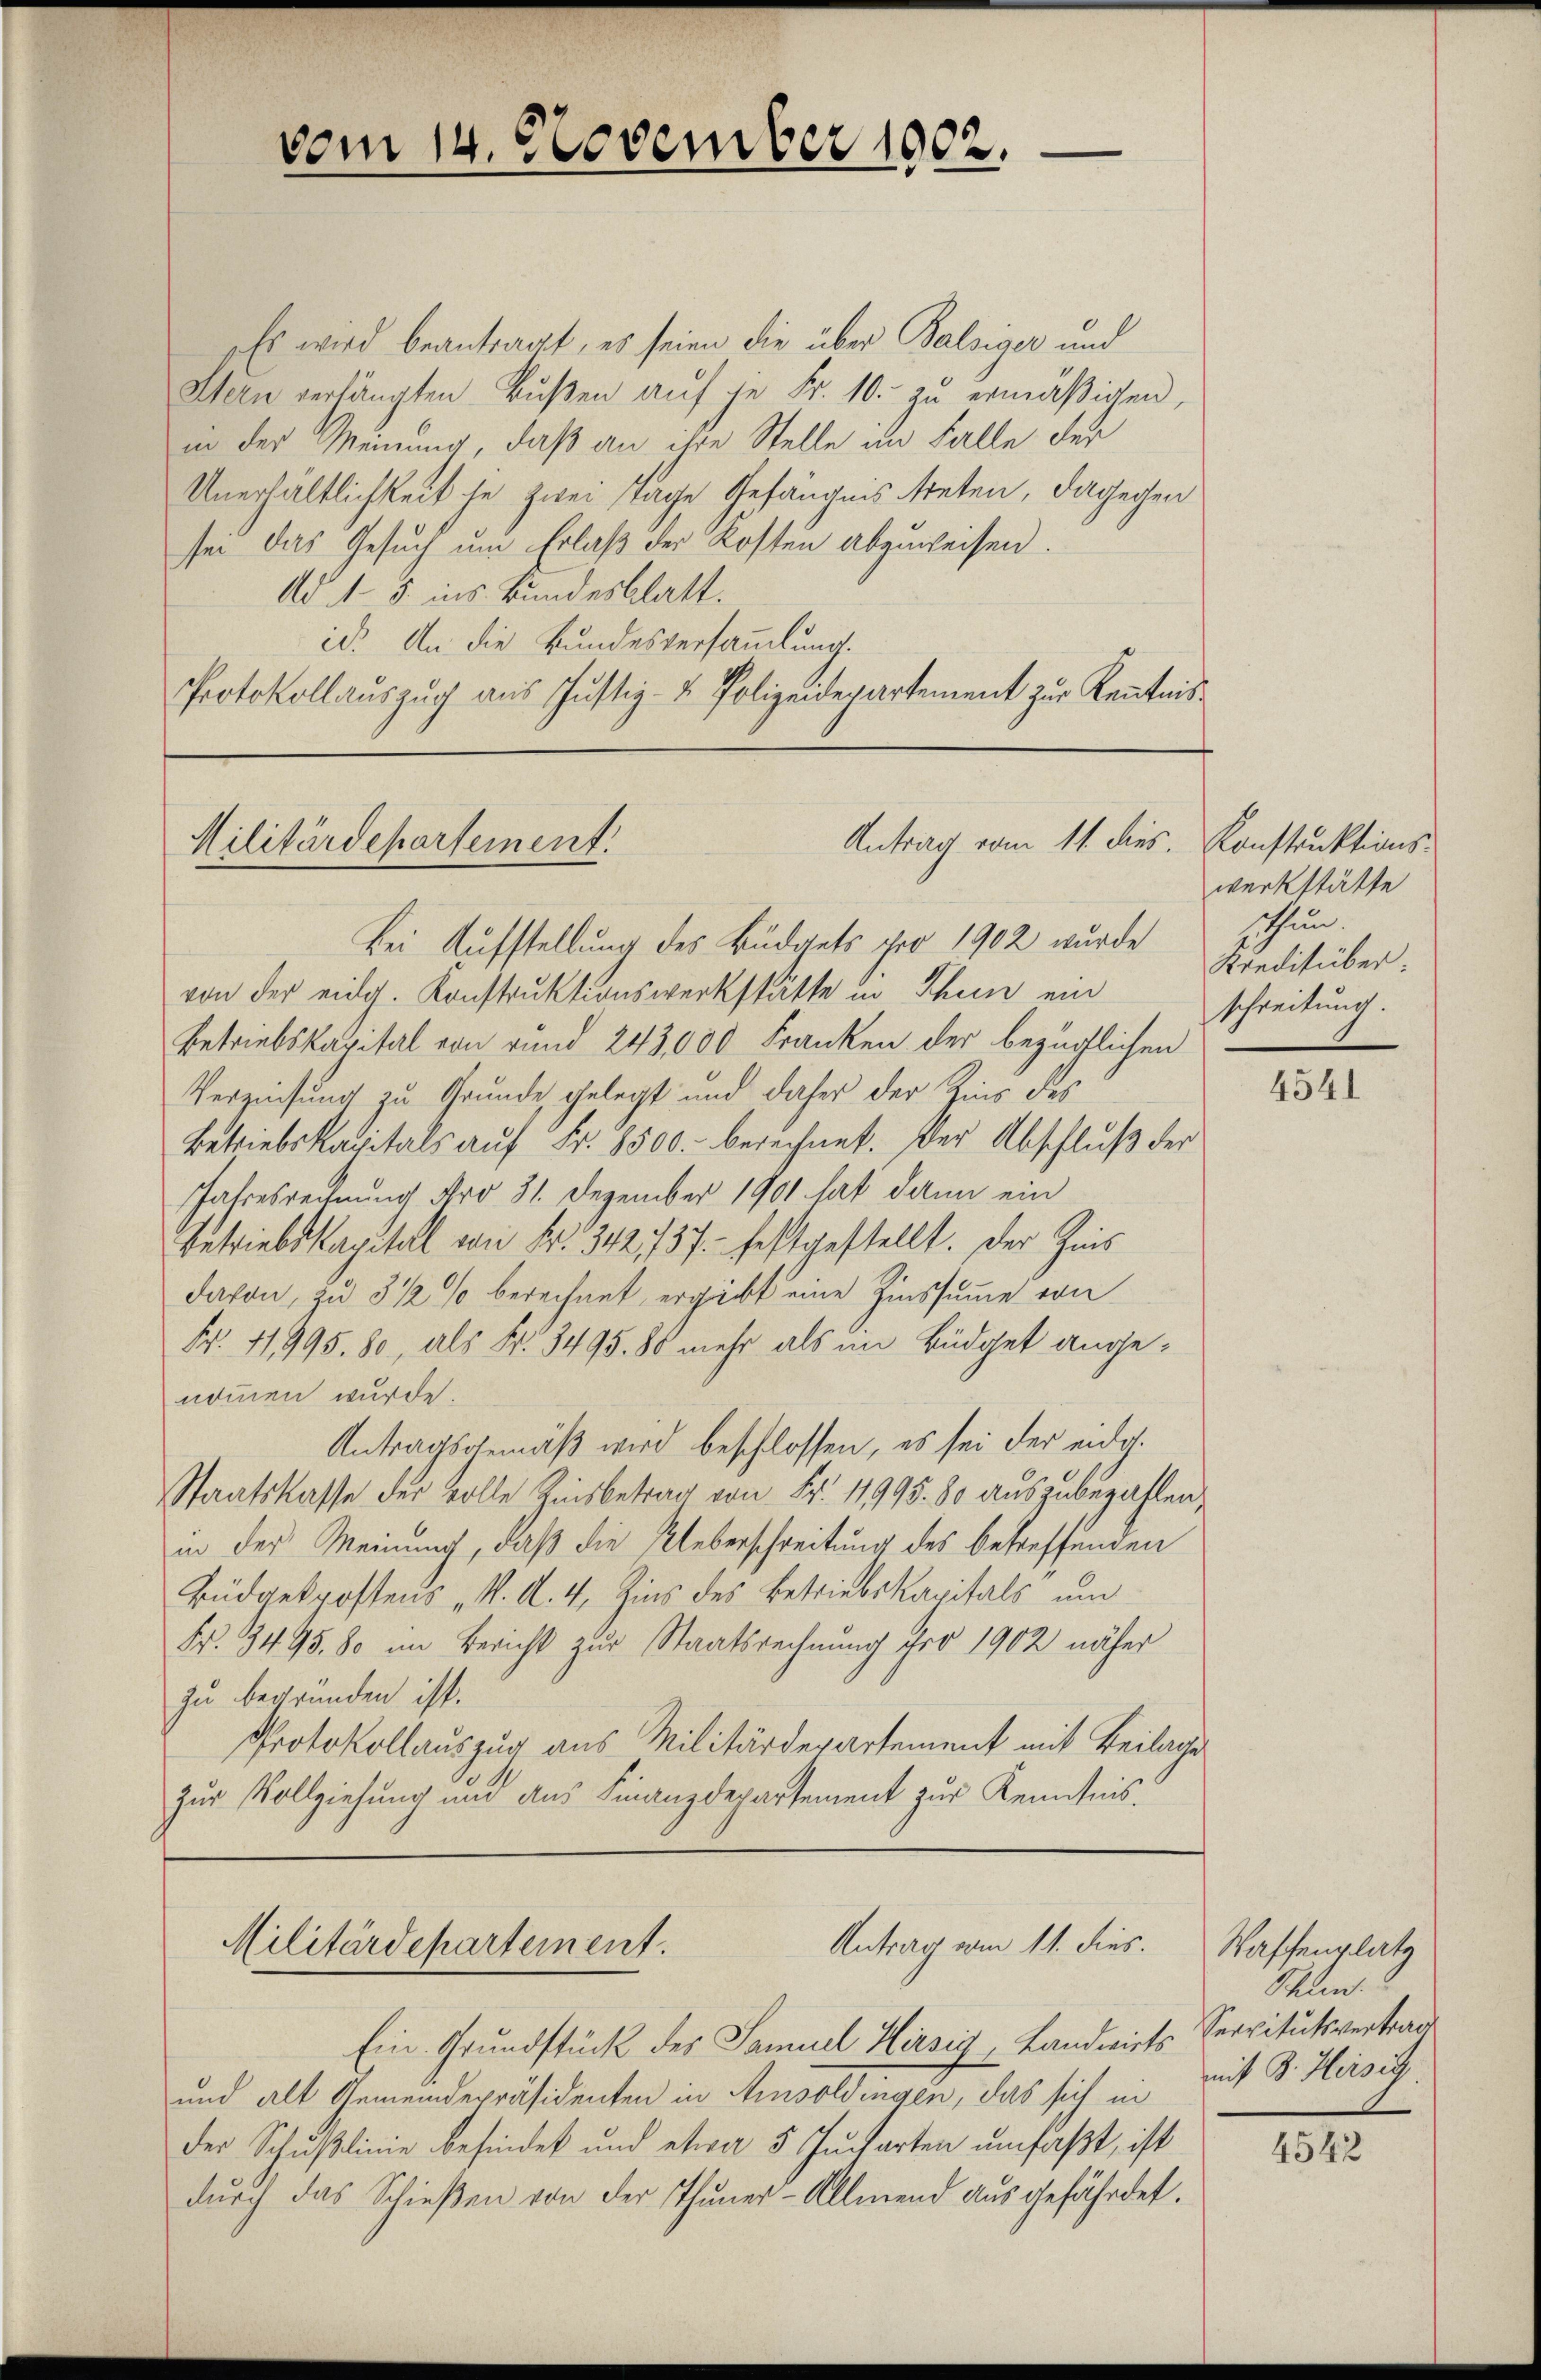
vom 14. November 1902.

Es wird beantragt, es seien die über Balsiger und
Hern verhängten Bŭβen auf je Fr. 10. zŭ ermäßigen,
in der Meinung, daß an ihre Stelle im Falle der
Unerhältlichkeit ihn zwei Tage Gefängnis steten, dagegen
sei das Gesuch um Erlaß der Kosten abzuweisen.
Ad 15. ins Bundesblatt.
id. An die Bundesversammlung.
Protokollauszug aus Justiz- u. Polizeidepartement zur Kenntnis

Antrag vom 11. dies. Konstruktions-
Militärdepartement.

Bei Aufstellung des Büdgets pro 1902 wurde
von der eidg. Konstruktionswerkstätte in Thun ein
Betriebskapital von rund 243,000 Franken der bezüglichen
Verziehung zu Grunde gelegt und daher der Zins des
Betriebskapitals aŭf Fr. 8500. berechnet. Der Abschluß der
Jahresrechnung Aro 31. Dezember 1901 hat dann ein
betriebskapital von Fr. 342, 737. festgestellt. Der Zins
davon, zu 3 1/2 % berechnet, ergiebt eine Zinssumme von
Fr. 4995. 80, als Nr. 3495. 80 mehr als im Büdget angenommen wurde.
Antragsgemäß wird beschlossen, es sei der eidg.
Staatskasse der volle Zinsbetrag von Fr. 11995. 80 auszubezahlen,
in der Meinung, daß die Ueberschreitung des betreffenden
Büdaekpostens „V. A. 4, Zins des Betriebskapitals und
Fr. 3495. 80 im Bericht zur Staatsrechnung pro 1902 näher
zu begründen ist.
Protokollauszug aus Militärdepartement mit Beilage
zur Vollziehung und aus Finanzdepartement zur Kenntnis.

Antrag vom 11. dies.
Militärdepartement.

Ein Grundstück des Samuel Hirsig, Landwirts Servitutsvertrag
und alt Gemeindepräsidenten in Aisoldingen, das sich in
der Schußlinie befindet und etwa 5 Jucharten umfaßt, ist
durch das Schießen von der Thuner-Allmend ausgefährdet.

werkstätte
schun
Kreditüber.
schreitung.

4541

Waffenplatz
Schen.
mit 3. Hersich

4542